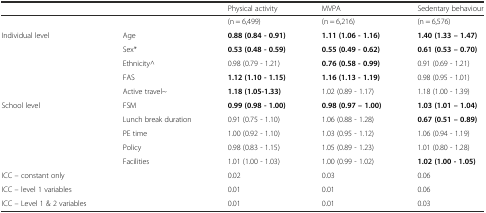
<table><thead><tr><td>[EMPTY_CELL]</td><td>[EMPTY_CELL]</td><td><b>Physical activity</b></td><td><b>MVPA</b></td><td><b>Sedentary behaviour</b></td></tr></thead><tbody><tr><td>[EMPTY_CELL]</td><td>[EMPTY_CELL]</td><td>(n = 6,499)</td><td>(n = 6,216)</td><td>(n = 6,576)</td></tr><tr><td>Individual level</td><td>Age</td><td><b>0.88 (0.84 - 0.91)</b></td><td><b>1.11 (1.06 - 1.16)</b></td><td><b>1.40 (1.33 – 1.47)</b></td></tr><tr><td>[EMPTY_CELL]</td><td>Sex*</td><td><b>0.53 (0.48 - 0.59)</b></td><td><b>0.55 (0.49 - 0.62)</b></td><td><b>0.61 (0.53 – 0.70)</b></td></tr><tr><td>[EMPTY_CELL]</td><td>Ethnicity^</td><td>0.98 (0.79 - 1.21)</td><td><b>0.76 (0.58 - 0.99)</b></td><td>0.91 (0.69 - 1.21)</td></tr><tr><td>[EMPTY_CELL]</td><td>FAS</td><td><b>1.12 (1.10 - 1.15)</b></td><td><b>1.16 (1.13 - 1.19)</b></td><td>0.98 (0.95 - 1.01)</td></tr><tr><td>[EMPTY_CELL]</td><td>Active travel~</td><td><b>1.18 (1.05-1.33)</b></td><td>1.02 (0.89 - 1.17)</td><td>1.18 (1.00 - 1.39)</td></tr><tr><td>School level</td><td>FSM</td><td><b>0.99 (0.98 - 1.00)</b></td><td><b>0.98 (0.97 – 1.00)</b></td><td><b>1.03 (1.01 – 1.04)</b></td></tr><tr><td>[EMPTY_CELL]</td><td>Lunch break duration</td><td>0.91 (0.75 - 1.10)</td><td>1.06 (0.88 - 1.28)</td><td><b>0.67 (0.51 – 0.89)</b></td></tr><tr><td>[EMPTY_CELL]</td><td>PE time</td><td>1.00 (0.92 - 1.10)</td><td>1.03 (0.95 - 1.12)</td><td>1.06 (0.94 - 1.19)</td></tr><tr><td>[EMPTY_CELL]</td><td>Policy</td><td>0.98 (0.83 - 1.15)</td><td>1.05 (0.89 - 1.23)</td><td>1.01 (0.80 - 1.28)</td></tr><tr><td>[EMPTY_CELL]</td><td>Facilities</td><td>1.01 (1.00 - 1.03)</td><td>1.00 (0.99 - 1.02)</td><td><b>1.02 (1.00 - 1.05)</b></td></tr><tr><td>ICC – constant only</td><td>[EMPTY_CELL]</td><td>0.02</td><td>0.03</td><td>0.06</td></tr><tr><td>ICC – level 1 variables</td><td>[EMPTY_CELL]</td><td>0.01</td><td>0.01</td><td>0.06</td></tr><tr><td>ICC – Level 1 &amp; 2 variables</td><td>[EMPTY_CELL]</td><td>0.01</td><td>0.01</td><td>0.03</td></tr></tbody></table>